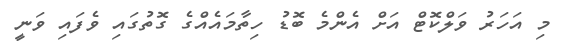
މި އަހަރު ވަލްކޮޓް އަށް އެންމެ ބޮޑު ހިތާމައެއްގެ ގޮތުގައި ވެފައި ވަނީ